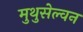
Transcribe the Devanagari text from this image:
मुथुसेल्वन